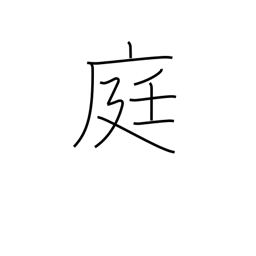
Meaning: courtyard